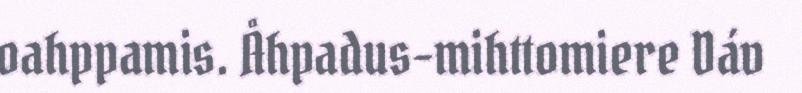
oahppamis. Åhpadus-mihttomiere Dáv